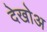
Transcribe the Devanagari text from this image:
देखोअ